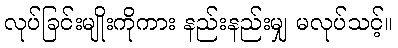
လုပ်ခြင်းမျိုးကိုကား နည်းနည်းမျှ မလုပ်သင့်။